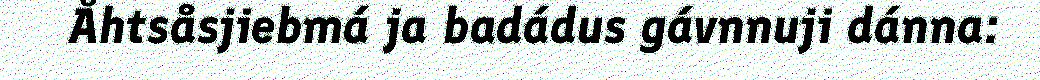
Åhtsåsjiebmá ja badádus gávnnuji dánna: